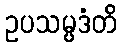
ဥပသမ္ပဒံတိ